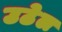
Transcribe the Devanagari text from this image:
उठेल